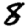
Digit: 8